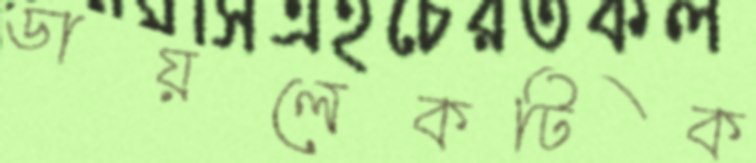
ডায়লেকটিক